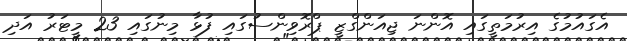
އެގައުމުގެ އިރުމަތީގައި އޮންނަ ޖިއަންގްޒީ ޕްރޮވިންސުގައި ފުޅާ މިނުގައި 23 މީޓަރު އަދި